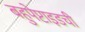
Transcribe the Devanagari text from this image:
बहुपेप्टाइडची